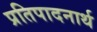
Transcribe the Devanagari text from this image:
प्रतिपादनार्थ